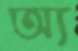
অ্য